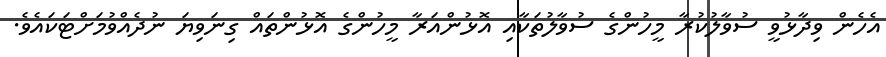
އެހެން ވިދާޅުވީ ސުވާލުކުރާ މީހުންގެ ސުވާލުތަކާއި އޮޅުންއަރާ މީހުންގެ އޮޅުންތައް ގިނަވިޔަ ނުދެއްވުމަށްޓަކައެވެ.